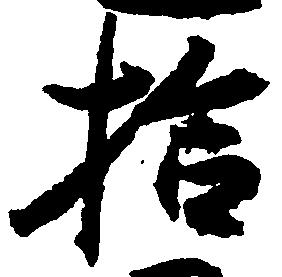
拾